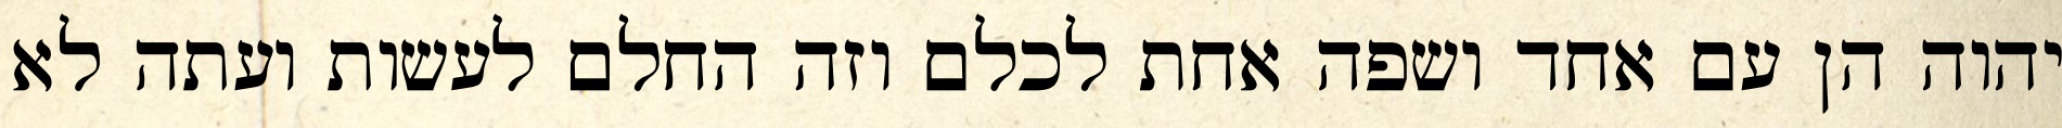
יהוה הן עם אחד ושפה אחת לכלם וזה החלם לעשות ועתה לא